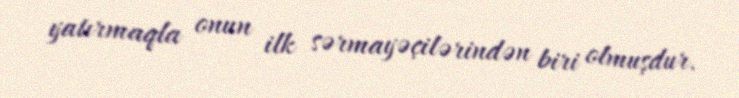
yatırmaqla onun ilk sərmayəçilərindən biri olmuşdur.